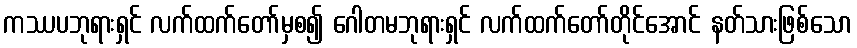
ကဿပဘုရားရှင် လက်ထက်တော်မှစ၍ ဂေါတမဘုရားရှင် လက်ထက်တော်တိုင်အောင် နတ်သားဖြစ်သော